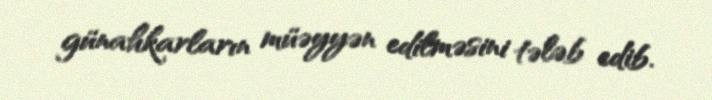
günahkarların müəyyən edilməsini tələb edib.